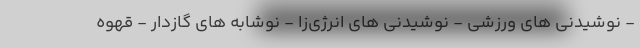
- نوشیدنی های ورزشی - نوشیدنی های انرژی‌زا - نوشابه های گازدار - قهوه